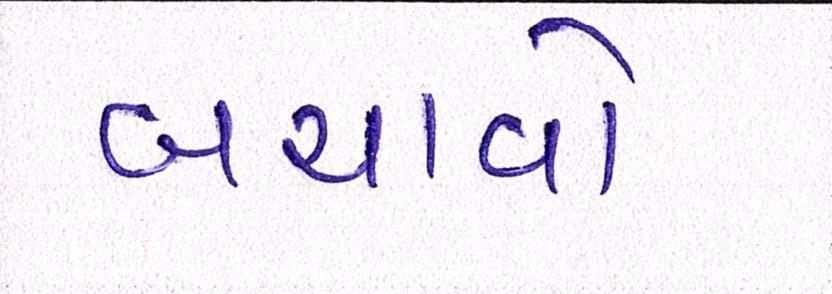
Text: બચાવો